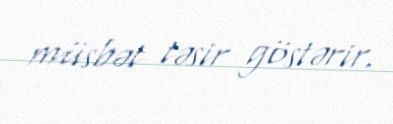
müsbət təsir göstərir.